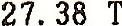
27.38 T